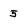
Character: 5